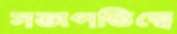
সভাপতিত্বে